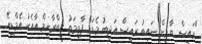
"ރައީސް ޔާމީން ނައިބު ރައީސް އަދީބު މެޑަމް ފާތިމަތު އިބްރާހިމް އާއެކު އެމްޑީއޭ